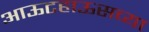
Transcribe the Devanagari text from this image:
आऊटहाऊसच्या